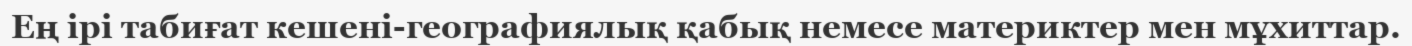
Ең ірі табиғат кешені-географиялық қабық немесе материктер мен мұхиттар.